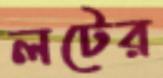
লটের